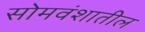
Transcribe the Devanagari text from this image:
सोमवंशातील